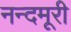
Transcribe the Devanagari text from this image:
नन्दमूरी